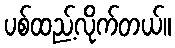
ပစ်ထည့်လိုက်တယ်။